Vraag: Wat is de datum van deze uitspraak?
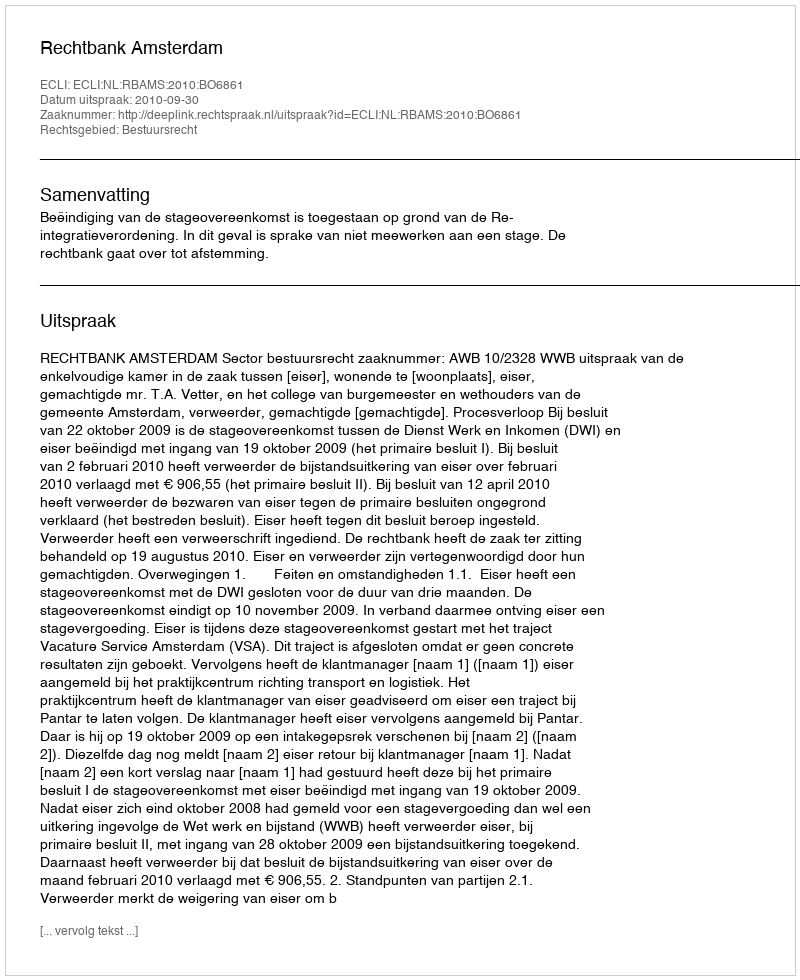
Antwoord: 2010-09-30